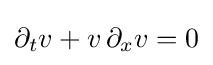
\partial _{t}v+v\,\partial _{x}v=0